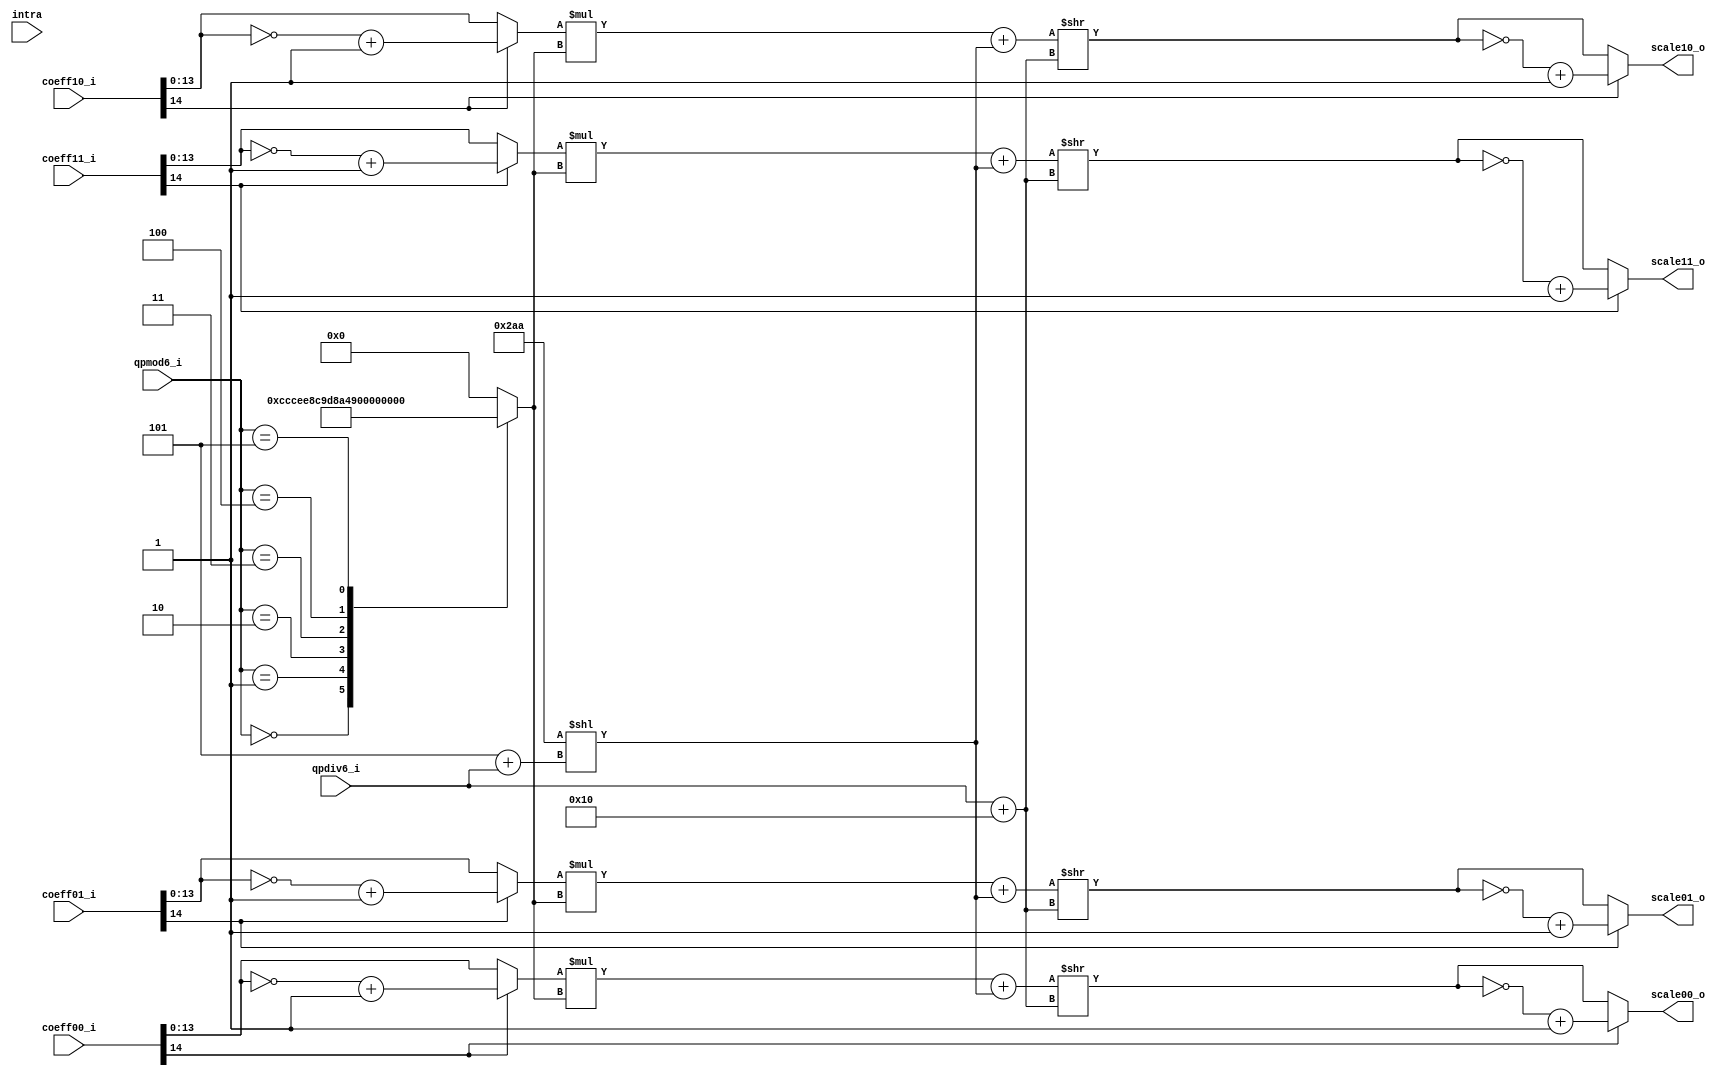
module tq_quant2x2_dc(
				qpmod6_i, 
				qpdiv6_i,
				intra,
				
				coeff00_i,
				coeff01_i,
				coeff10_i,
				coeff11_i,
				
				scale00_o,
				scale01_o,
				scale10_o,
				scale11_o
);

parameter IN_WIDTH = 15;
parameter OUT_WIDTH = 15;

input   [2:0] qpmod6_i; 
input   [3:0] qpdiv6_i;
input         intra;

input  [IN_WIDTH-1:0] coeff00_i;
input  [IN_WIDTH-1:0] coeff01_i;
input  [IN_WIDTH-1:0] coeff10_i;
input  [IN_WIDTH-1:0] coeff11_i;
  
output [OUT_WIDTH-1:0] scale00_o;
output [OUT_WIDTH-1:0] scale01_o;
output [OUT_WIDTH-1:0] scale10_o;
output [OUT_WIDTH-1:0] scale11_o;

wire [2:0] qpmod6_i;
wire [3:0] qpdiv6_i;

wire [23:0] bias_w;
wire [ 4:0] rshift_len_w;

reg  [13: 0]mf00_w;

wire [IN_WIDTH-2:0] coef_abs00;
wire [IN_WIDTH-2:0] coef_abs01;
wire [IN_WIDTH-2:0] coef_abs10;
wire [IN_WIDTH-2:0] coef_abs11;

wire [IN_WIDTH-1:0] scale_abs00;
wire [IN_WIDTH-1:0] scale_abs01;
wire [IN_WIDTH-1:0] scale_abs10;
wire [IN_WIDTH-1:0] scale_abs11;   

wire [31:0] scale_abs00_w;
wire [31:0] scale_abs01_w;
wire [31:0] scale_abs10_w;
wire [31:0] scale_abs11_w;


assign coef_abs00 = coeff00_i[IN_WIDTH-1]? (~coeff00_i[IN_WIDTH-2:0] + 1'b1) : coeff00_i[IN_WIDTH-2:0];
assign coef_abs01 = coeff01_i[IN_WIDTH-1]? (~coeff01_i[IN_WIDTH-2:0] + 1'b1) : coeff01_i[IN_WIDTH-2:0];
assign coef_abs10 = coeff10_i[IN_WIDTH-1]? (~coeff10_i[IN_WIDTH-2:0] + 1'b1) : coeff10_i[IN_WIDTH-2:0];
assign coef_abs11 = coeff11_i[IN_WIDTH-1]? (~coeff11_i[IN_WIDTH-2:0] + 1'b1) : coeff11_i[IN_WIDTH-2:0];


assign scale_abs00_w = (coef_abs00 * mf00_w + bias_w) >> rshift_len_w;
assign scale_abs01_w = (coef_abs01 * mf00_w + bias_w) >> rshift_len_w;
assign scale_abs10_w = (coef_abs10 * mf00_w + bias_w) >> rshift_len_w;
assign scale_abs11_w = (coef_abs11 * mf00_w + bias_w) >> rshift_len_w;
   
assign scale_abs00 =  scale_abs00_w[14 : 0] ;  
assign scale_abs01 =  scale_abs01_w[14 : 0] ;  
assign scale_abs10 =  scale_abs10_w[14 : 0] ;  
assign scale_abs11 =  scale_abs11_w[14 : 0] ;  
   
assign scale00_o = coeff00_i[IN_WIDTH-1]? (~scale_abs00 + 1'b1) : scale_abs00;
assign scale01_o = coeff01_i[IN_WIDTH-1]? (~scale_abs01 + 1'b1) : scale_abs01;
assign scale10_o = coeff10_i[IN_WIDTH-1]? (~scale_abs10 + 1'b1) : scale_abs10;
assign scale11_o = coeff11_i[IN_WIDTH-1]? (~scale_abs11 + 1'b1) : scale_abs11;


//specify shift length
assign rshift_len_w = qpdiv6_i + 5'd16;//qbits = 15 + 1 + qp/6
assign bias_w =  24'd682 << (3'd5 + qpdiv6_i);//changed!!!

always @(*) begin
	case (qpmod6_i)
		3'b000:mf00_w = 14'd13107;
		3'b001:mf00_w = 14'd11916;
		3'b010:mf00_w = 14'd10082;
		3'b011:mf00_w = 14'd9362;
		3'b100:mf00_w = 14'd8192;
		3'b101:mf00_w = 14'd7282;
		default:mf00_w = 14'd0;
	endcase
end

endmodule